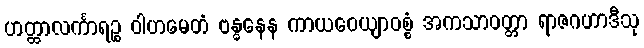
ဟတ္ထာလင်္ကာရဉ္စ ဝါဟမေတံ ဗန္ဓနေန ကာယဝေယျာဝစ္စံ အကသာဝတ္တာ ရာဇဂဟာဒီသု